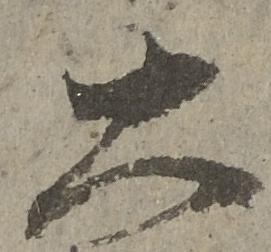
大